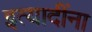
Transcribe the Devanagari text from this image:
इत्‍यादींना